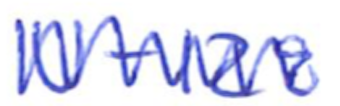
Text: U-128
Cross-out: zig-zag
Writing tool: ballpoint